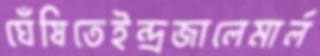
ঘেঁষিতেইন্দ্রজালেমার্ল